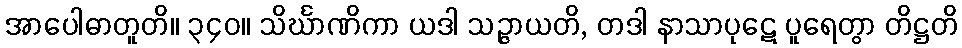
အာပေါဓာတူတိ။ ၃၄၀။ သိင်္ဃာဏိကာ ယဒါ သဉ္ဇာယတိ, တဒါ နာသာပုဋေ ပူရေတွာ တိဋ္ဌတိ